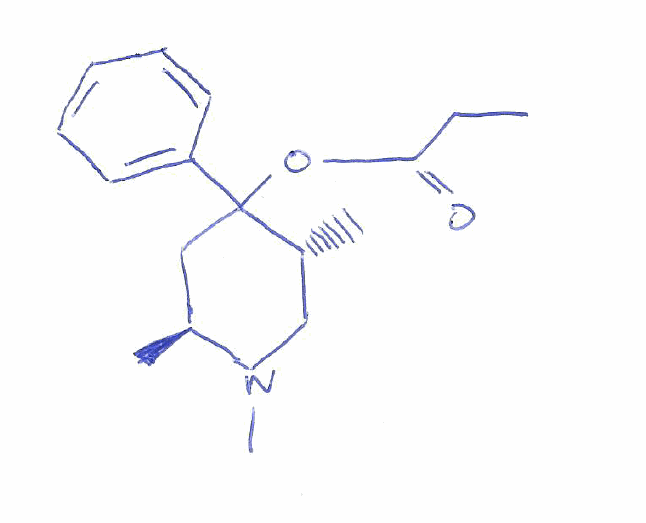
Simplified molecular-input line-entry system (SMILES) notation of the given molecule:
CCC(=O)OC1(C[C@@H](N(C[C@H]1C)C)C)C2=CC=CC=C2